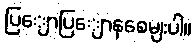
ပြျောပြျောနစေမျးပါ။